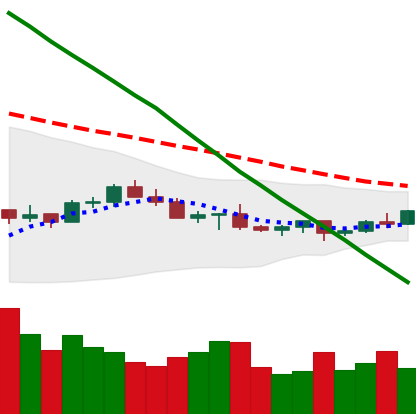
Ticker: LTC-USD
Chart end date: 2022-07-09
Forward return: -5.432%
Label: down_5_7